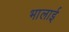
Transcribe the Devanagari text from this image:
भालाई